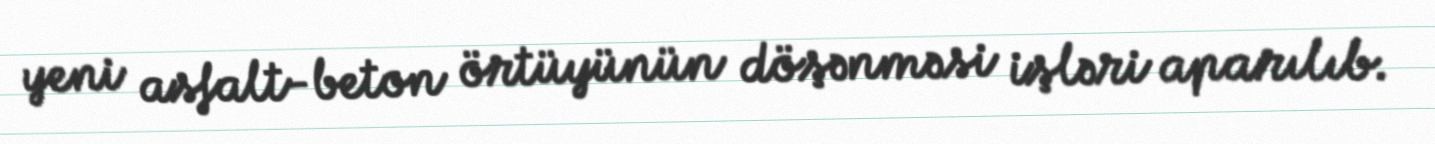
yeni asfalt-beton örtüyünün döşənməsi işləri aparılıb.